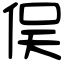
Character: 俣